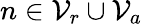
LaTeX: n\in\mathcal{V}_{r}\cup\mathcal{V}_{a}